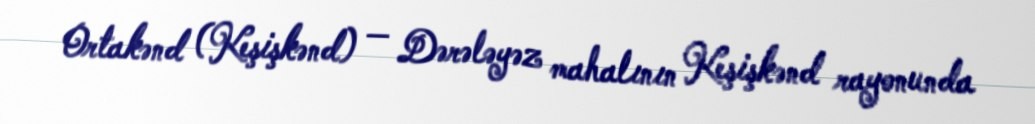
Ortakənd (Keşişkənd) — Dərələyəz mahalının Keşişkənd rayonunda